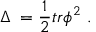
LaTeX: \Delta \; = \frac 1 2 t r \phi ^ { 2 } \; .